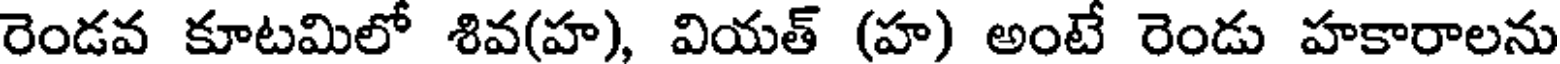
రెండవ కూటమిలో శివ(హ), వియత్ (హ) అంటే రెండు హకారాలను